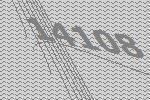
14108